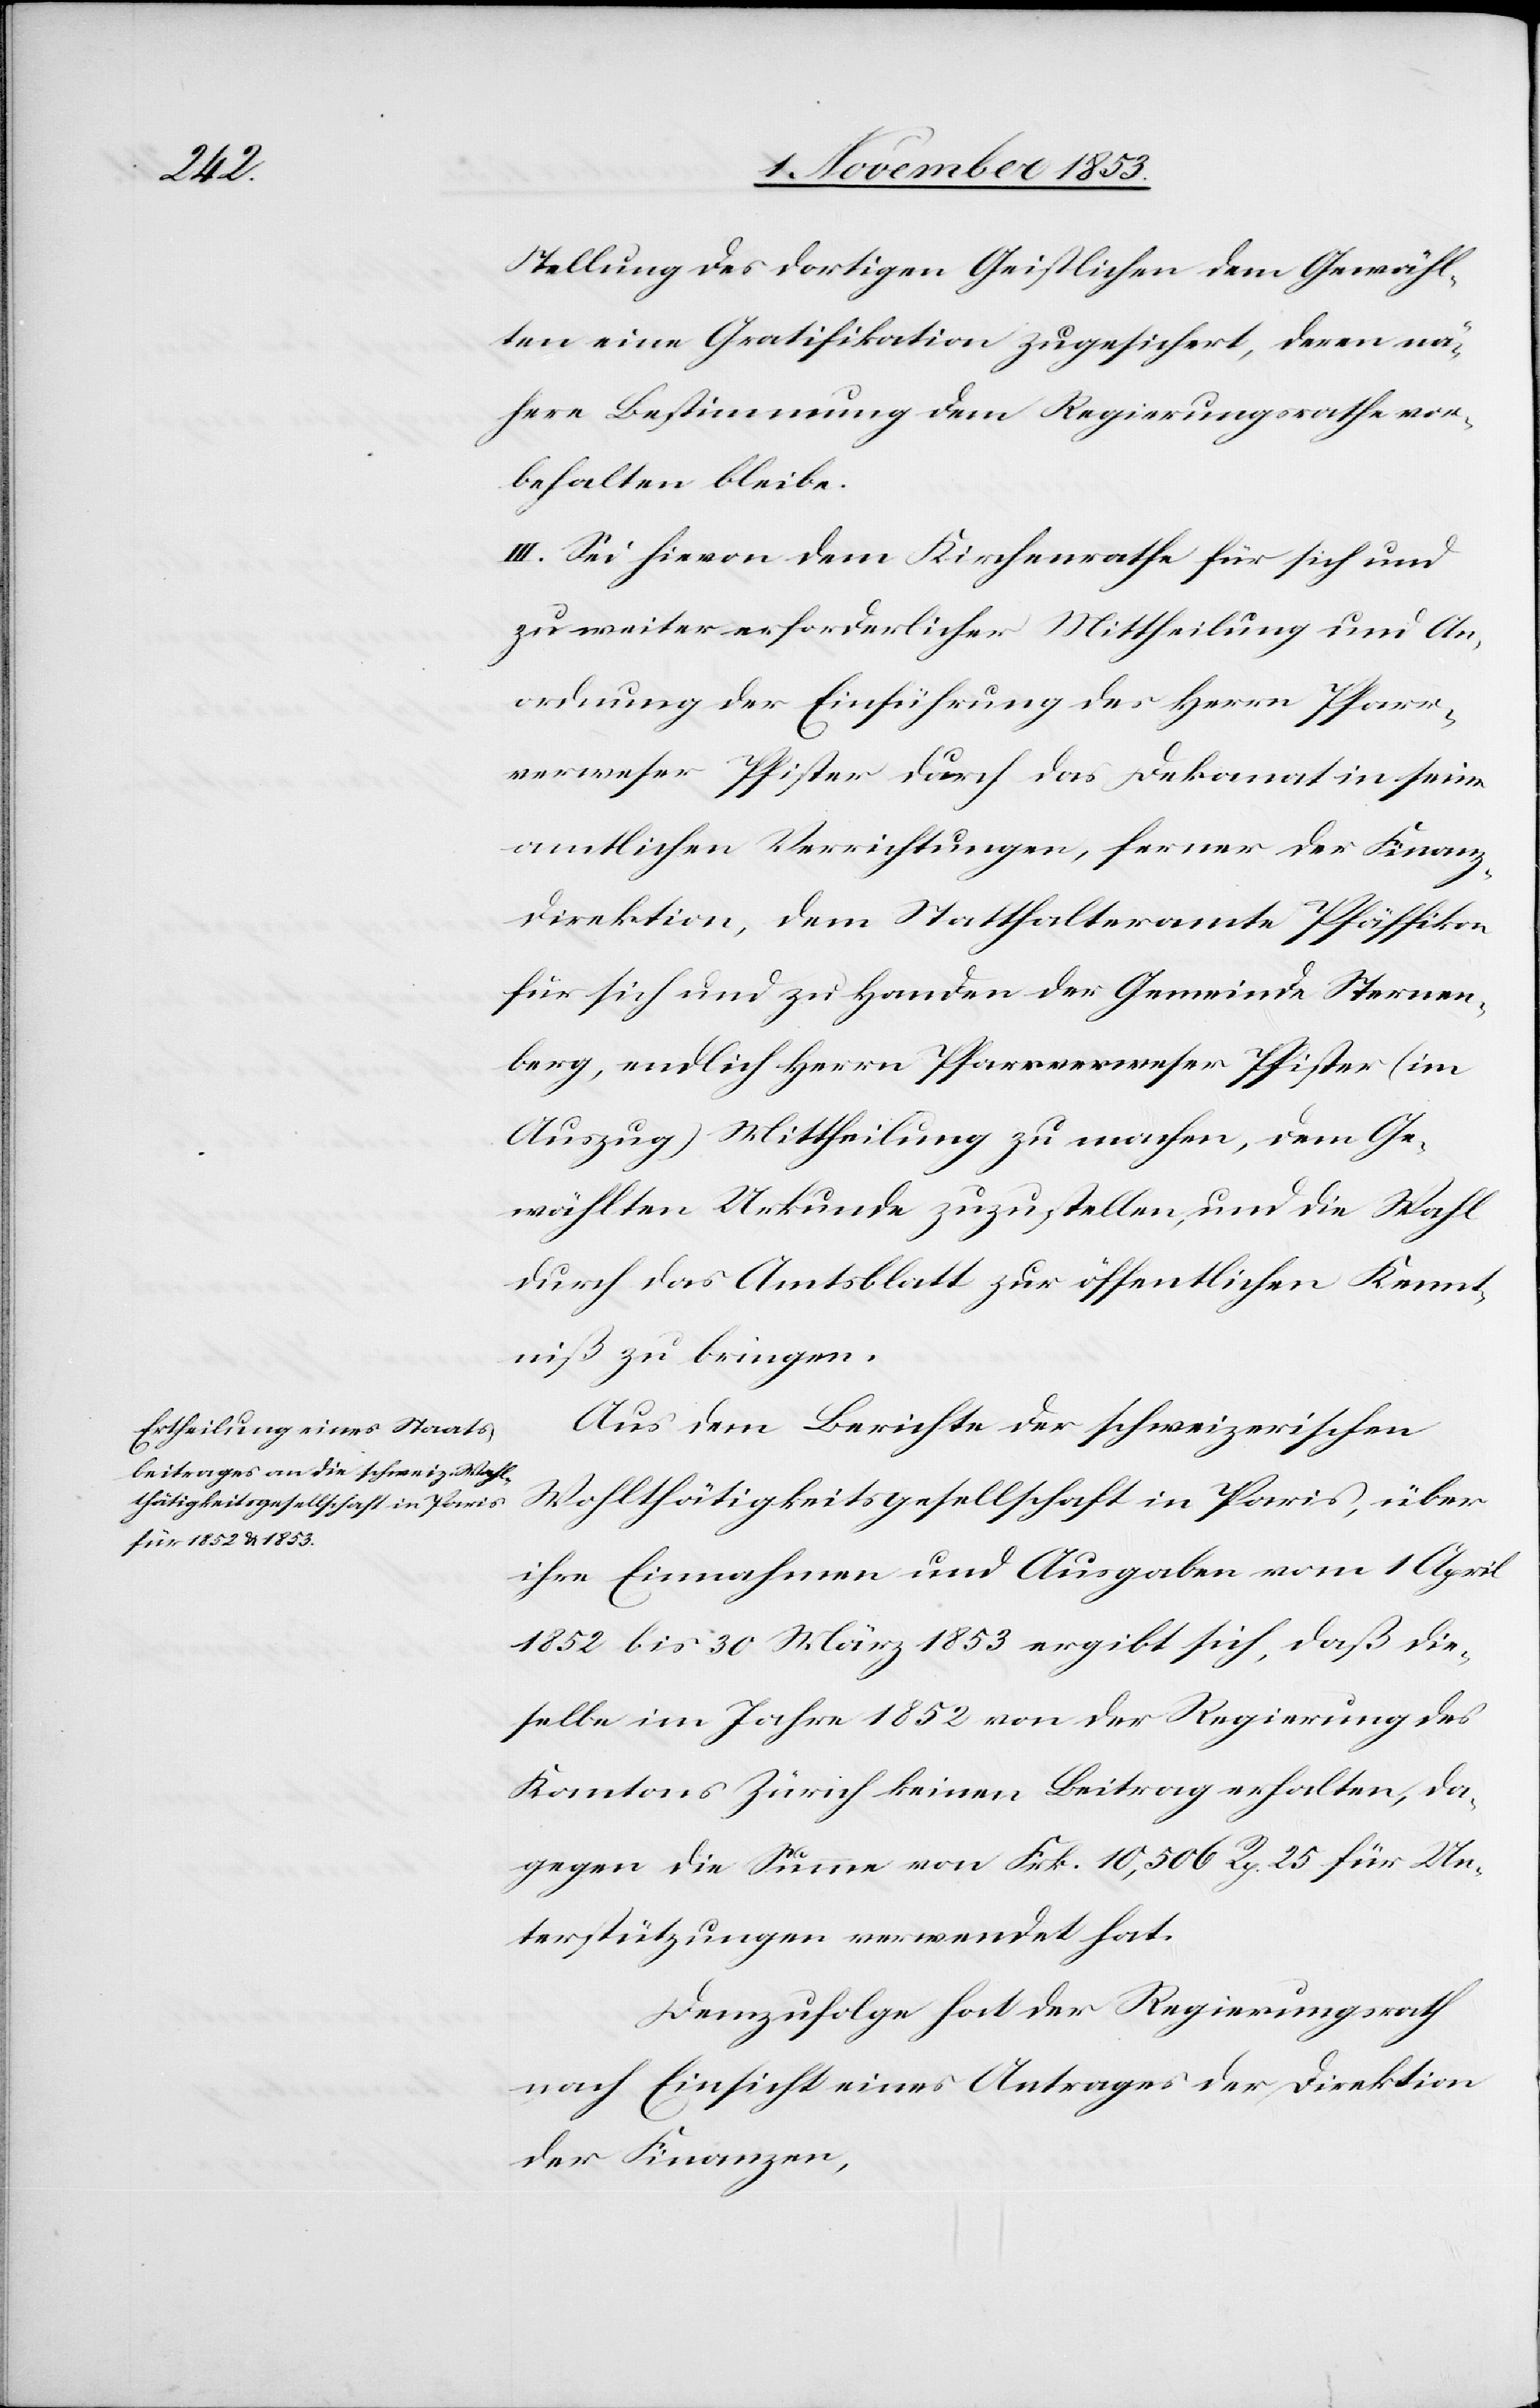
Stellung des dortigen Geistlichen dem Gewähl¬
ten eine Gratifikation zugesichert, deren nä¬
here Bestimmung dem Regierungsrathe vor¬
behalten bleibe.
III. Sei hievon dem Kirchenrathe für sich und
zu weiter erforderlicher Mittheilung und An¬
ordnung der Einführung des Herrn Pfarr¬
verweser Pfister durch das Dekanat in seine
amtlichen Verrichtungen, ferner der Finanz¬
direktion, dem Statthalteramte Pfäffikon
für sich und zu Handen der Gemeinde Sternen¬
berg, endlich Herrn Pfarrverweser Pfister (im
Auszug) Mittheilung zu machen, dem Ge¬
wählten Urkunde zuzustellen, und die Wahl
durch das Amtsblatt zur öffentlichen Kennt¬
niß zu bringen.
Aus dem Berichte der schweizerischen
Wohlthätigkeitsgesellschaft in Paris, über
ihre Einnahmen und Ausgaben vom 1 April
1852 bis 30 März 1853 ergibt sich, daß die¬
selbe im Jahre 1852 von der Regierung des
Kantons Zürich keinen Beitrag erhalten, da¬
gegen die Summe von Frk. 10,506 Rp. 25 für Un¬
terstützungen verwendet hat.
Demzufolge hat der Regierungsrath
nach Einsicht eines Antrages der Direktion
der Finanzen,